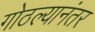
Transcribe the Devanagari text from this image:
गोठल्यानंतर